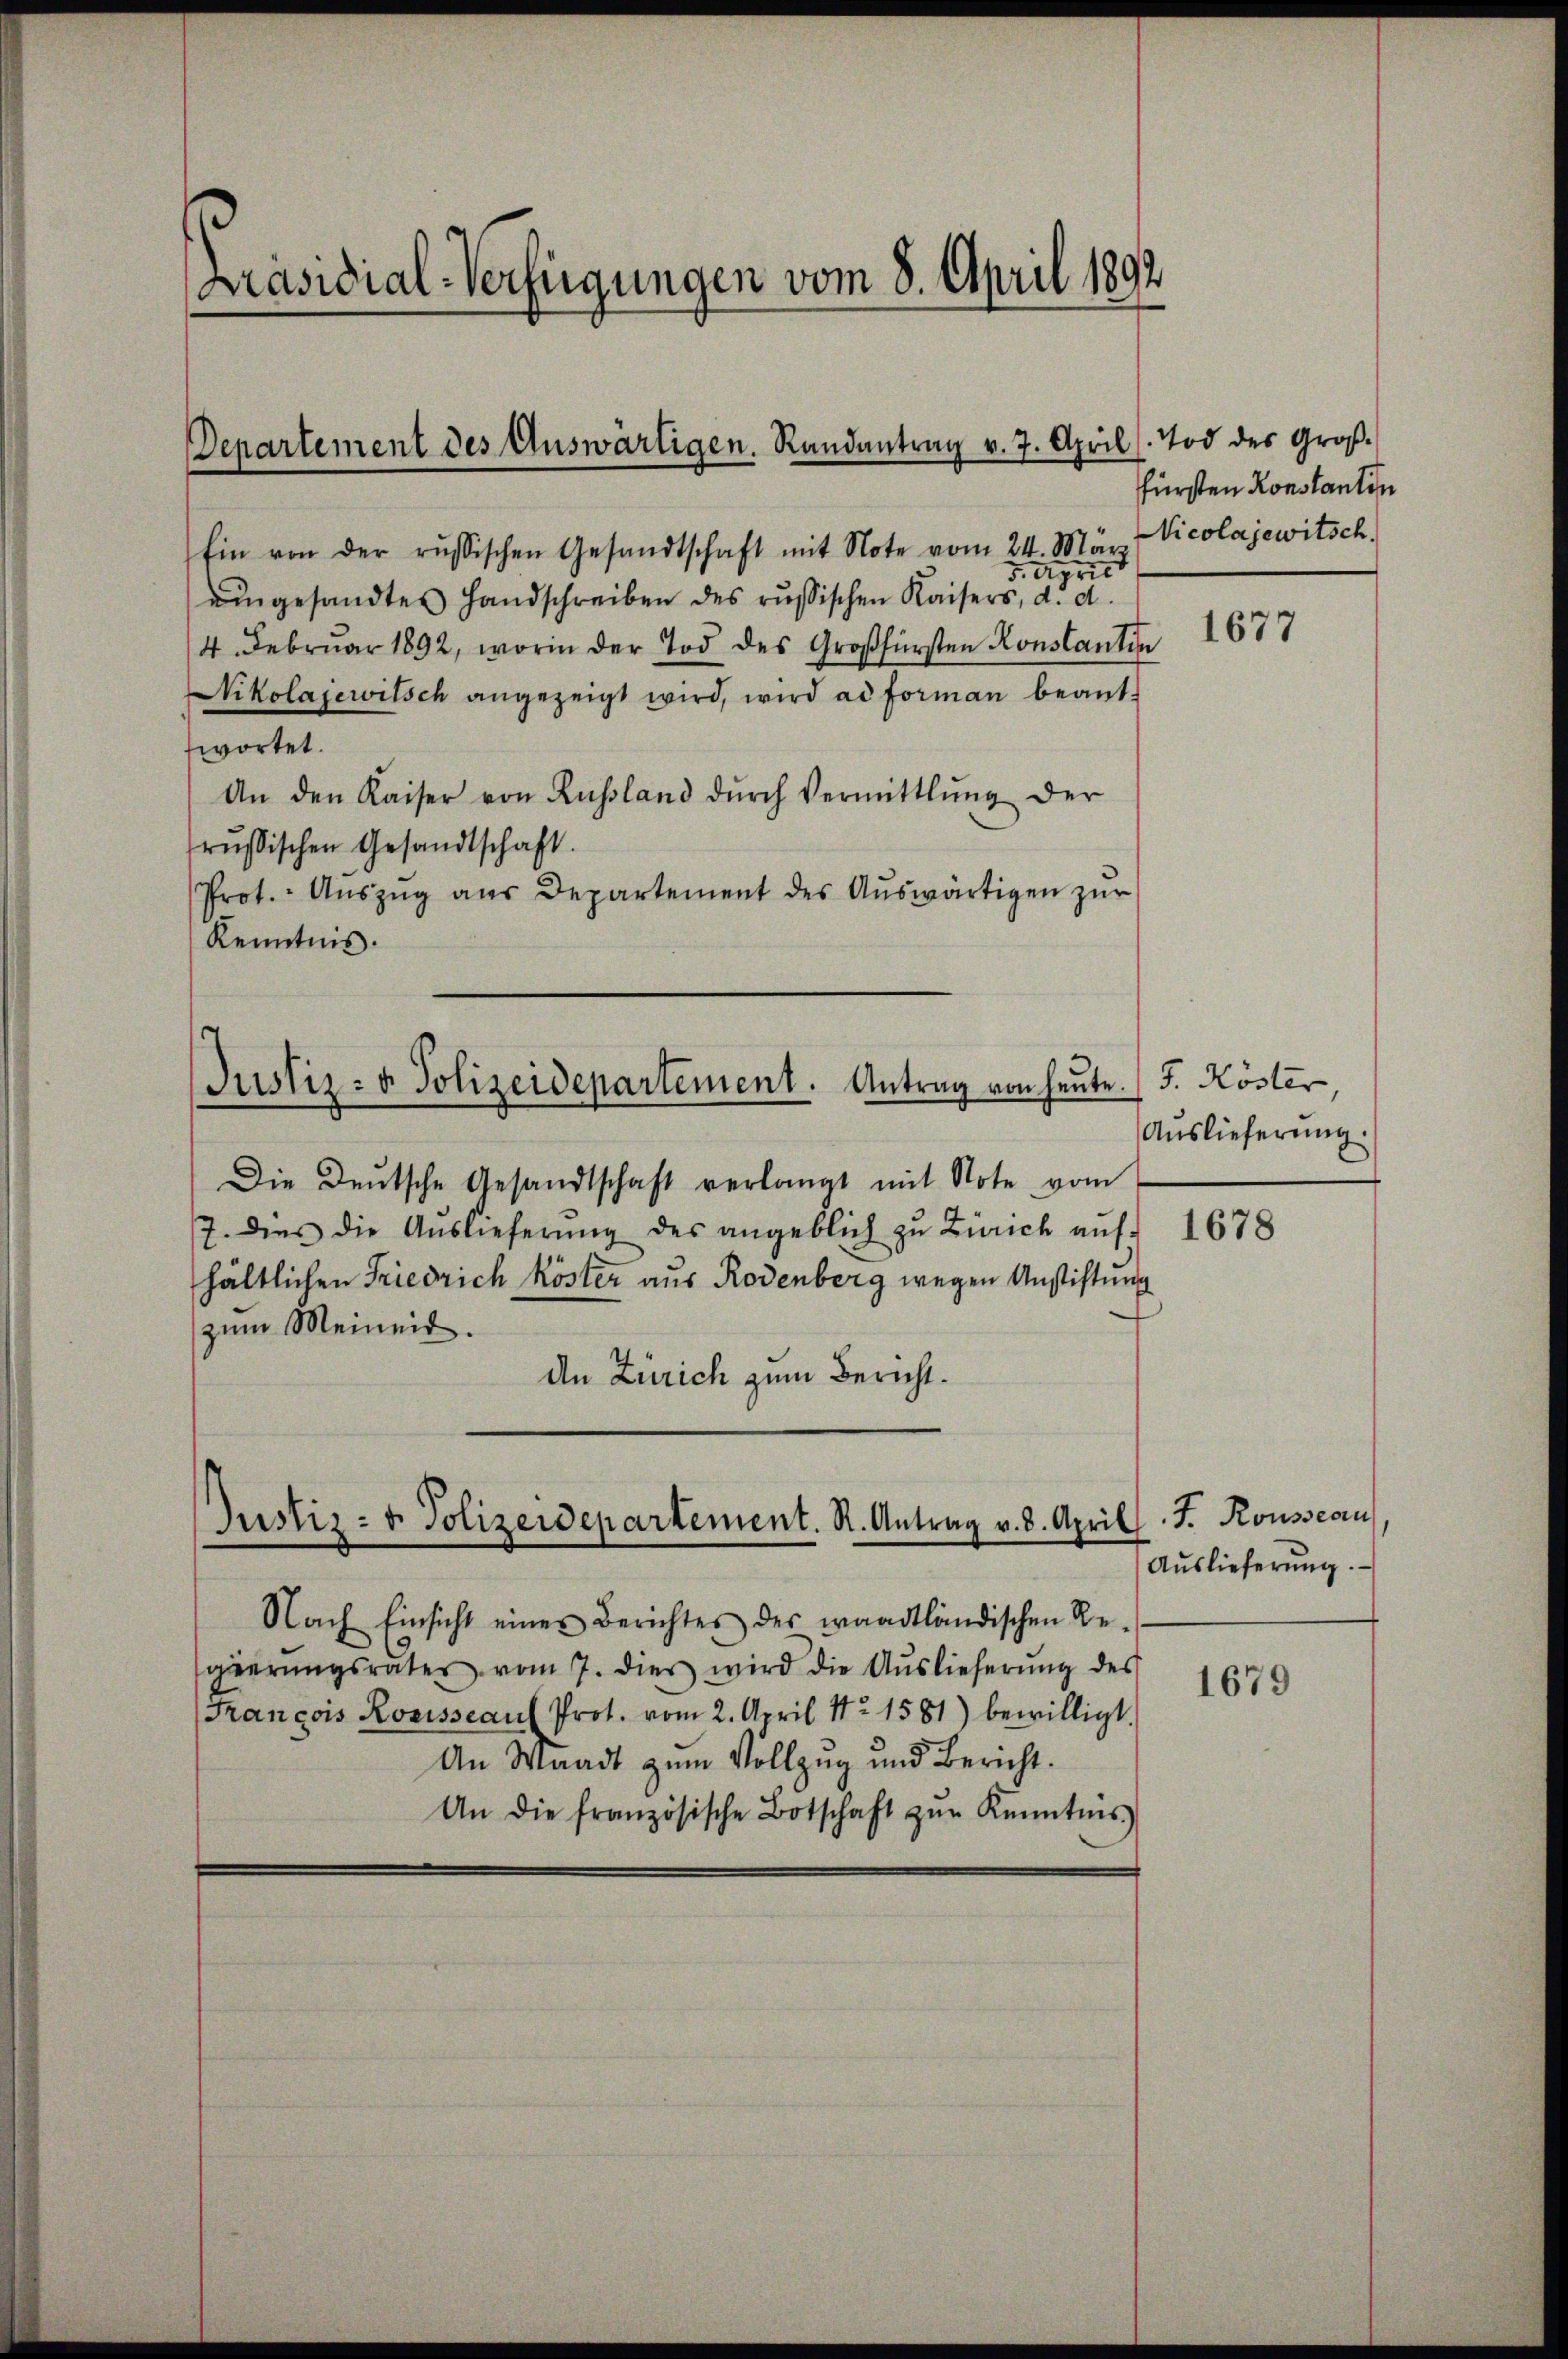
Präsidial-Verfügungen vom 8. April 1892

Departement des Auswärtigen. Randantrag v. 7. April

Ein von der russischen Gesandtschaft mit Note vom 24. März Vicolajewitsch
5. April
eingesandtes Handschreiben des russischen Kaisers, d. d.
4. Febrŭar 1892, worin der Tod des Großfürsten Konstantin
Nikolajewitsch angezeigt wird, wird ad forman beant-
wortet.
An den Kaiser von Russland dŭrch Vermittlung der
russischen Gesandtschaft.
Prot. Aŭszŭg aŭs Departement des Aŭswärtigen zŭr
Kenntnis.

Justiz- & Polizeidepartement. Antrag von heute. F. Köster,

Justiz- u. Polizeidepartement. R. Antrag v. 8. April 7. Rousseau

Die Deutsche Gesandtschaft verlangt mit Note vom
7. dies die Auslieferŭng des angeblich zu Zürich auf 1678
hältlichen Friedrich Köster aus Rodenberg wegen Anstiftung
zum Meineit.
de Zürich zum Bericht.

Nach Einsicht eines Berichtes des waadtländischen Re-
gierŭngsrates vom 7. dies wird die Auslieferŭng des
(François Rosisse auf Prot. vom 2. April 12. 1581) bewilligt.
An Waadt zum Vollzug und Bericht.
An die französische Botschaft zŭr Kenntnis

Tod des Großfürsten Konstantin

Auslieferung.

1677

Auslieferung.

1679